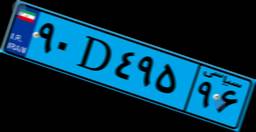
۹۴D۲۰۰۱۱